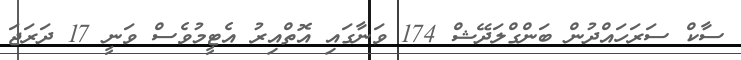
ސާކް ސަރަހައްދުން ބަންގްލަދޭޝް 174 ވަނާގައި އޮތްއިރު އެޓީމުވެސް ވަނީ 17 ދަރަޖަ